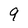
Character: 9